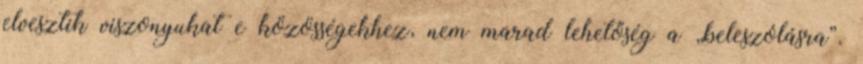
elvesztik viszonyukat e közösségekhez, nem marad lehetőség a „beleszólásra”.